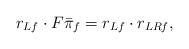
\begin{align*} r_{Lf}\cdot F\bar\pi_f= r_{Lf}\cdot r_{L{R}f}, \end{align*}